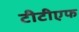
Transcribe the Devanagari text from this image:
टीटीएफ